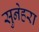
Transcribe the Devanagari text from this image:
सुनेहरा